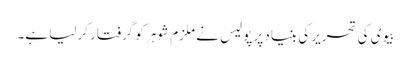
بیوی کی تحریر کی بنیاد پر پولیس نے ملزم شوہر کو گرفتار کرلیا ہے۔